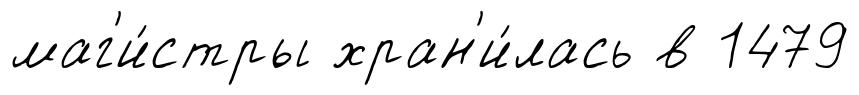
маг'и́стры хран'и́лась в 1479